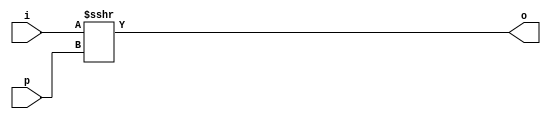
`timescale 1ns / 1ps
//////////////////////////////////////////////////////////////////////////////////
// Company: 
// Engineer: 
// 
// Design Name: 
// Module Name:    arith_rsh 
// Project Name: 
// Target Devices: 
// Tool versions: 
// Description: 
//
// Dependencies: 
//
// Revision: 
// Revision 0.01 - File Created
// Additional Comments: 
//
//////////////////////////////////////////////////////////////////////////////////
module arith_rsh #(parameter dw = 'h10, shw = 4)
(  input [shw-1:0] p,
	input [dw-1:0] i,
	output [dw-1:0] o
    );
	 
assign o = $signed(i) >>> p;

endmodule